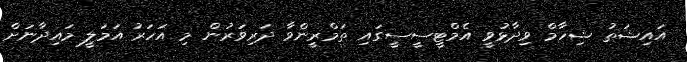
އައިޝަތު ޝިހާމް ވިދާޅުވީ އެމްޓީސީސީގައި ތަމްރީންވާ ދަރިވަރުން މި އަހަރު އަމަލީ މައިދާނަށް